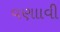
વણાાવી